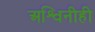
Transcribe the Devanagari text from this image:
अश्विनीही